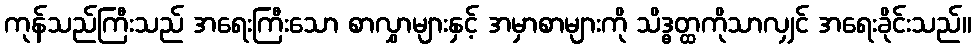
ကုန်သည်ကြီးသည် အရေးကြီးသော စာလွှာများနှင့် အမှာစာများကို သိဒ္ဓတ္ထကိုသာလျှင် အရေးခိုင်းသည်။